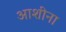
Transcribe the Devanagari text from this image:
आशीना